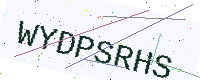
Text: WYDPSRHS